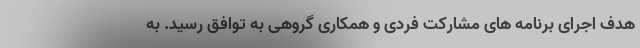
هدف اجرای برنامه های مشارکت فردی و همکاری گروهی به توافق رسید. به